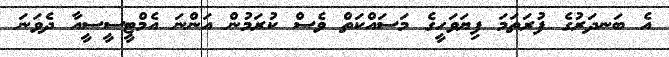
އެ ބަނދަރުގެ ފުރަތަމަ ފިޔަަވަހީގެ މަސައްކަތް ވެސް ކުރަމުން އަންނަ އެމްޓީސީސީއާ ދެވަނަ